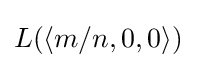
L(\langle m/n,0,0\rangle )